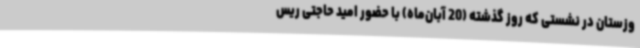
وزستان در نشستی که روز گذشته (20 آبان‌ماه) با حضور امید حاجتی ریس